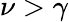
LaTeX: \nu>\gamma